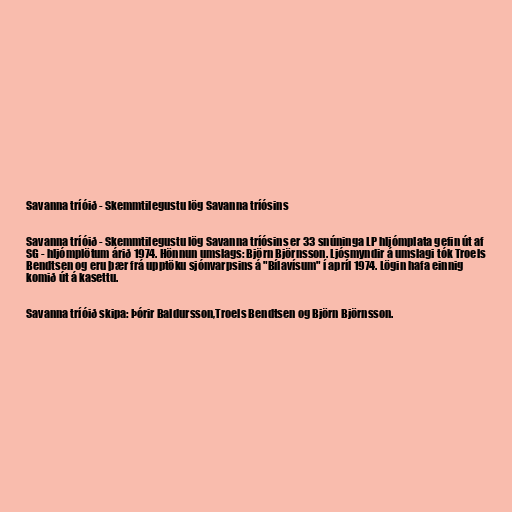
Savanna tríóið - Skemmtilegustu lög Savanna tríósins

Savanna tríóið - Skemmtilegustu lög Savanna tríósins er 33 snúninga LP hljómplata gefin út af
SG - hljómplötum árið 1974. Hönnun umslags: Björn Björnsson. Ljósmyndir á umslagi tók Troels
Bendtsen og eru þær frá upptöku sjónvarpsins á "Bílavísum" í apríl 1974. Lögin hafa einnig
komið út á kasettu.

Savanna tríóið skipa: Þórir Baldursson,Troels Bendtsen og Björn Björnsson.